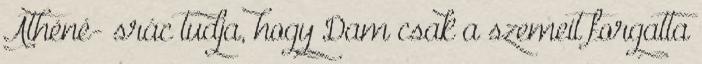
Athéné- srác tudja, hogy Dam csak a szemeit forgatta